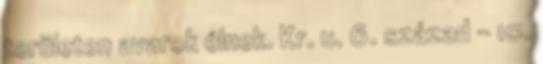
területen avarok élnek. Kr. u. 6. század – 10.